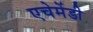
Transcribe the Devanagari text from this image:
एचेमेंडी